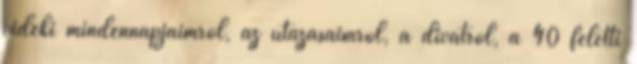
vidéki mindennapjaimról, az utazásaimról, a divatról, a 40 feletti